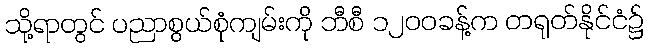
သို့ရာတွင် ပညာစွယ်စုံကျမ်းကို ဘီစီ ၁၂၀၀ခန့်က တရုတ်နိုင်ငံ၌